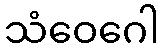
သံဝေဂေါ